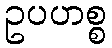
ဥပဟစ္စ